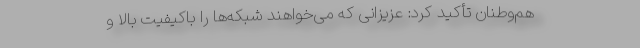
هم‌وطنان تأکید کرد: عزیزانی که می‌خواهند شبکه‌ها را باکیفیت بالا و